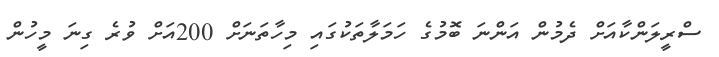
ސްރީލަންކާއަށް ދެމުން އަންނަ ބޮމުގެ ހަމަލާތަކުގައި މިހާތަނަށް 200އަށް ވުރެ ގިނަ މީހުން